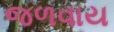
જળવાય